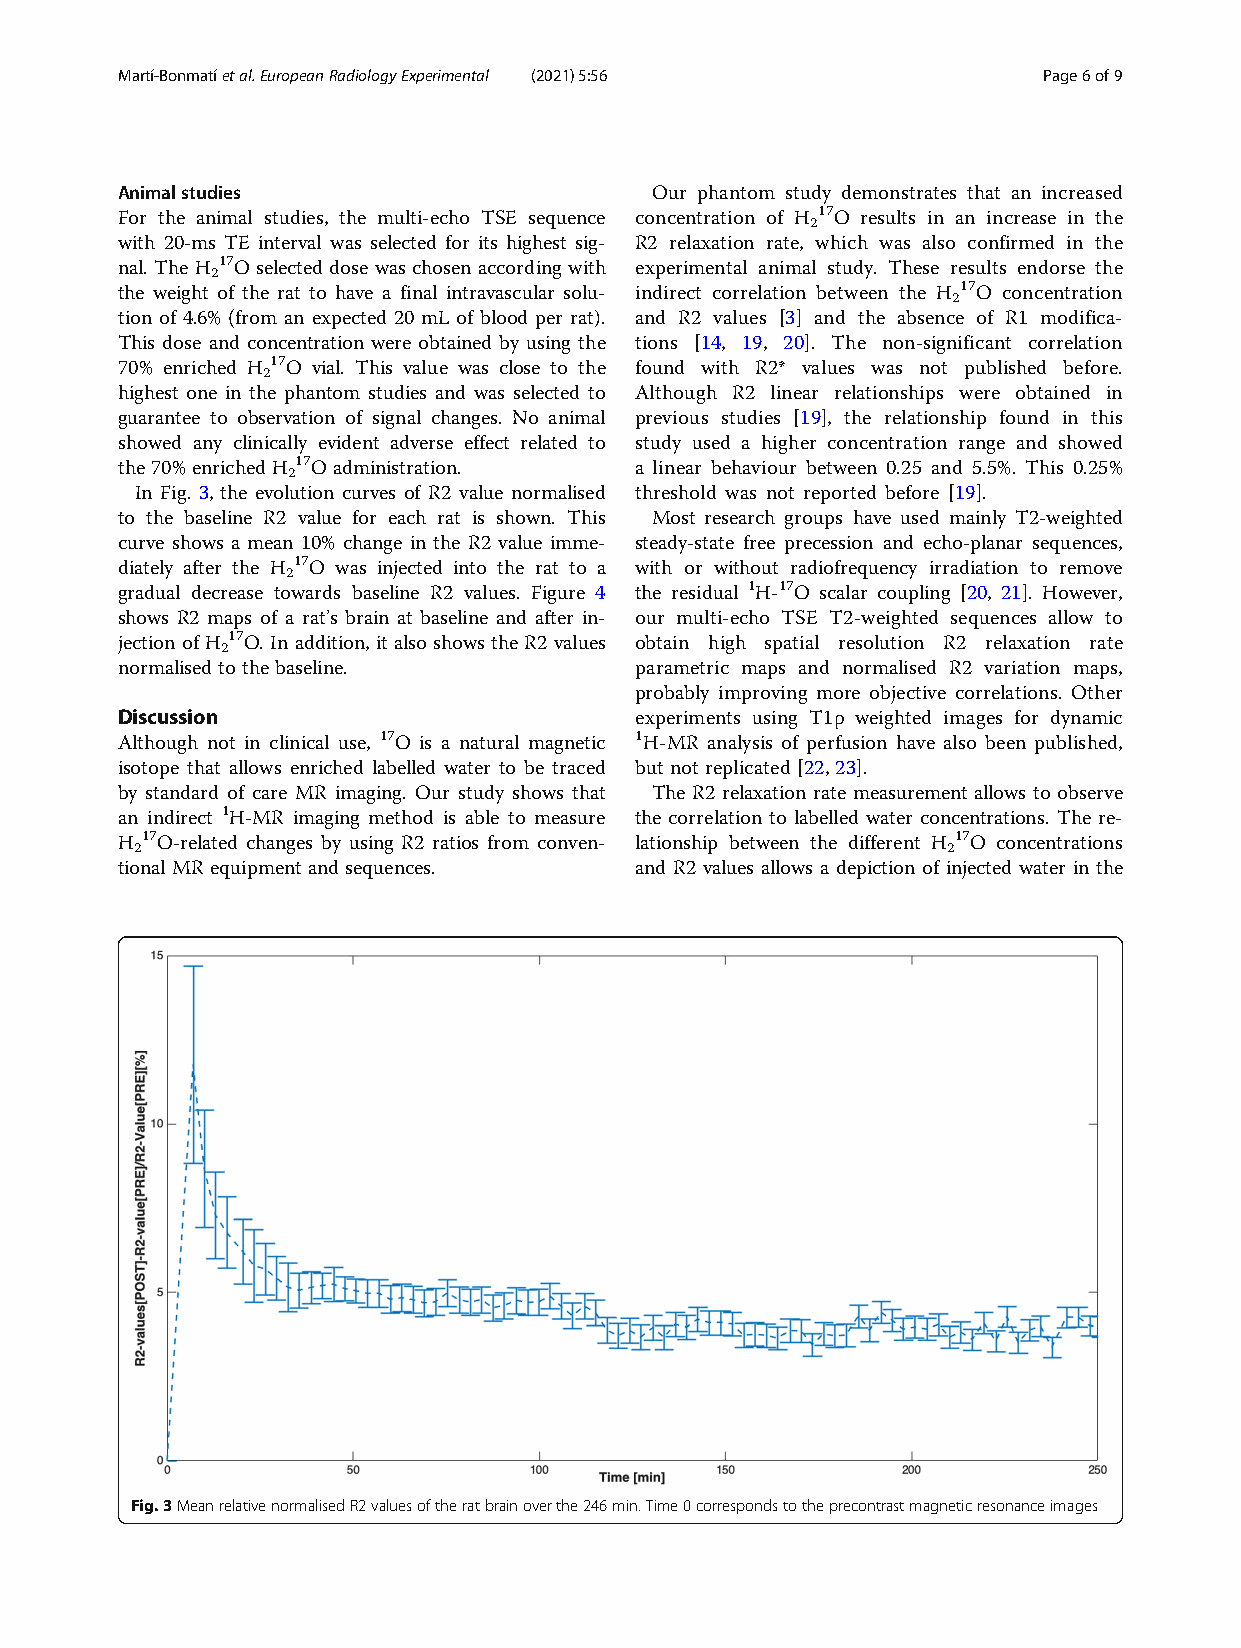
Martí-Bonmatíetal.EuropeanRadiologyExperimental (2021) 5:56  Page6of9
 Animalstudies                      Our phantom study demonstrates that an increased
 For the animal studies, the multi-echo TSE sequence concentration of H 17O results in an increase in the
 2
 with 20-ms TE interval was selected for its highest sig- R2 relaxation rate, which was also confirmed in the
 nal. The H 17O selected dose was chosen according with experimental animal study. These results endorse the
 2
 the weight of the rat to have a final intravascular solu- indirect correlation between the H 17O concentration
 2
 tion of 4.6% (from an expected 20 mL of blood per rat). and R2 values [3] and the absence of R1 modifica-
 This dose and concentration were obtained by using the tions [14, 19, 20]. The non-significant correlation
 70% enriched H 17O vial. This value was close to the found with R2* values was not published before.
 2
 highest one in the phantom studies and was selected to Although R2 linear relationships were obtained in
 guarantee to observation of signal changes. No animal previous studies [19], the relationship found in this
 showed any clinically evident adverse effect related to study used a higher concentration range and showed
 the70%enrichedH 17O administration. a linear behaviour between 0.25 and 5.5%. This 0.25%
 2
 In Fig. 3, the evolution curves of R2 value normalised threshold was not reported before [19].
 to the baseline R2 value for each rat is shown. This Most research groups have used mainly T2-weighted
 curve shows a mean 10% change in the R2 value imme- steady-state free precession and echo-planar sequences,
 diately after the H 17O was injected into the rat to a with or without radiofrequency irradiation to remove
 2
 gradual decrease towards baseline R2 values. Figure 4 the residual 1H-17O scalar coupling [20, 21]. However,
 shows R2 maps of a rat’s brain at baseline and after in- our multi-echo TSE T2-weighted sequences allow to
 jection of H 17O. In addition, it also shows the R2 values obtain high spatial resolution R2 relaxation rate
 2
 normalisedtothebaseline.          parametric maps and normalised R2 variation maps,
 probably improving more objective correlations. Other
 Discussion                        experiments using T1ρ weighted images for dynamic
 Although not in clinical use, 17O is a natural magnetic 1H-MR analysis of perfusion have also been published,
 isotope that allows enriched labelled water to be traced but not replicated [22, 23].
 by standard of care MR imaging. Our study shows that The R2 relaxation rate measurement allows to observe
 an indirect 1H-MR imaging method is able to measure the correlation to labelled water concentrations. The re-
 H 17O-related changes by using R2 ratios from conven- lationship between the different H 17O concentrations
 2                                                     2
 tionalMRequipmentandsequences.    and R2 values allows a depiction of injected water in the
 Fig.3MeanrelativenormalisedR2valuesoftheratbrainoverthe246min.Time0correspondstotheprecontrastmagneticresonanceimages